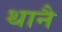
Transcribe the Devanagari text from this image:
थानै